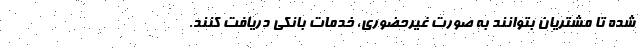
شده تا مشتریان بتوانند به صورت غیرحضوری، خدمات بانکی دریافت کنند.